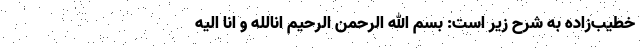
خطیب‌زاده به شرح زیر است: بسم الله الرحمن الرحیم انالله و انا الیه